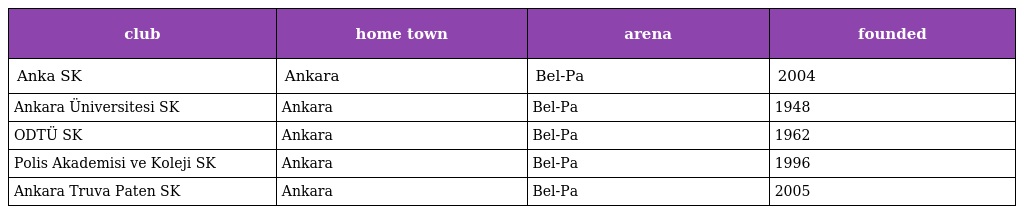
| club | home town | arena | founded |
 | --- | --- | --- | --- |
 | Anka SK | Ankara | Bel-Pa | 2004 |
 | Ankara Üniversitesi SK | Ankara | Bel-Pa | 1948 |
 | ODTÜ SK | Ankara | Bel-Pa | 1962 |
 | Polis Akademisi ve Koleji SK | Ankara | Bel-Pa | 1996 |
 | Ankara Truva Paten SK | Ankara | Bel-Pa | 2005 |